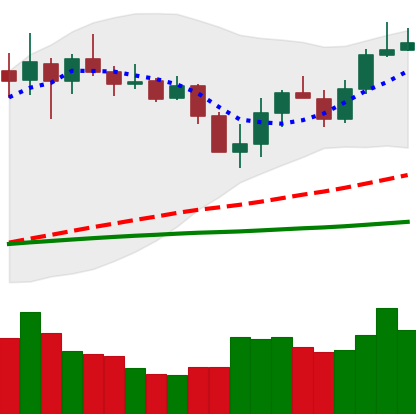
Ticker: LINK-USD
Chart end date: 2020-03-05
Forward return: -13.478%
Label: down_7plus